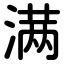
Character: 满